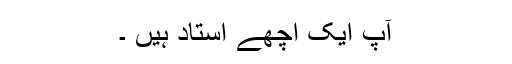
آپ ایک اچھے استاد ہیں ۔